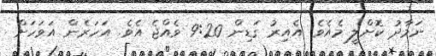
ނަމާދު ކޮށްލީ މެއެވެ. އެއިރު ގަޑިން 9:20 ވެއްޖެ އެވެ. އަހަރެން އަވަހަށް